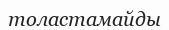
толастамайды